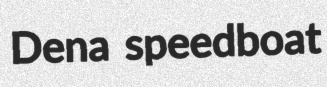
Dena speedboat